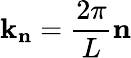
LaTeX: \mathbf{k}_{\mathbf{n}}=\frac{2\pi}{L}\mathbf{n}